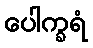
ပေါက္ခရံ